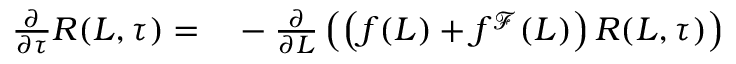
\begin{array} { r l } { \frac { \partial } { \partial \tau } R ( L , \tau ) = } & { { } - \frac { \partial } { \partial L } \left( \left( f ( L ) + f ^ { \mathcal { F } } ( L ) \right) R ( L , \tau ) \right) } \end{array}